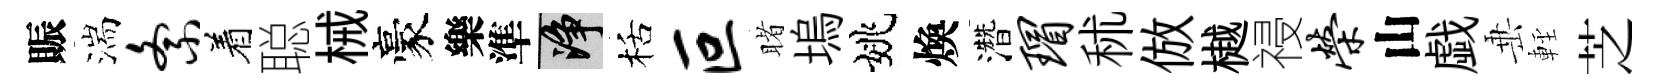
賑湍紊着聪械豪樂準净栝叵睹塢姚煥濳瑁秫倣樾祲荣山戯𡸁䡖芝